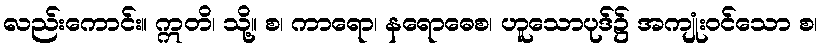
လည်းကောင်း။ ဣတိ၊ သို့။ စ၊ ကာရော၊ နရောဓေစ၊ ဟူသောပုဒ်၌ အကျုံးဝင်သော စ၊